Vaccination in Bombay 1863-1868 - 1863-1868
Year: 1863
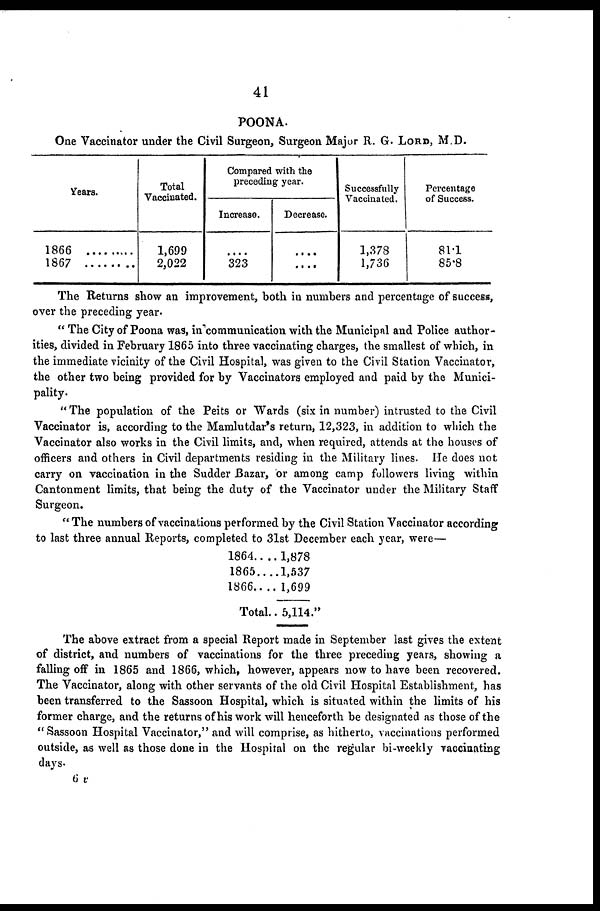
41
POONA.
One Vaccinator under the Civil Surgeon, Surgeon Major R. G. LORD, M.D.
Years.
1866
1867 .........
Total
Vaccinated.
1,699
2,022
Compared with the
preceding year.
Increase.
....
323
Decrease.
....
....
Successfully
Vaccinated.
1,378
1,736
Percentage
of Success.
81.1
85.8
The Returns show an improvement, both in numbers and percentage of success,
over the preceding year.
" The City of Poona was, in communication with the Municipal and Police author-
ities, divided in February 1865 into three vaccinating charges, the smallest of which, in
the immediate vicinity of the Civil Hospital, was given to the Civil Station Vaccinator,
the other two being provided for by Vaccinators employed and paid by the Munici-
pality.
"The population of the Peits or Wards (six in number) intrusted to the Civil
Vaccinator is, according to the Mamlutdar's return, 12,323, in addition to which the
Vaccinator also works in the Civil limits, and, when required, attends at the houses of
officers and others in Civil departments residing in the Military lines. He does not
carry on vaccination in the Sudder Bazar, or among camp followers living within
Cantonment limits, that being the duty of the Vaccinator under the Military Staff
Surgeon.
" The numbers of vaccinations performed by the Civil Station Vaccinator according
to last three annual Reports, completed to 31st December each year, were—
1864....
1865....
1866....
Total..
1,878
1,537
1,699
5,114."
The above extract from a special Report made in September last gives the extent
of district, and numbers of vaccinations for the three preceding years, showing a
falling off in 1865 and 1866, which, however, appears now to have been recovered.
The Vaccinator, along with other servants of the old Civil Hospital Establishment, has
been transferred to the Sassoon Hospital, which is situated within the limits of his
former charge, and the returns of his work will henceforth be designated as those of the
"Sassoon Hospital Vaccinator," and will comprise, as hitherto, vaccinations performed
outside, as well as those done in the Hospital on the regular bi-weekly vaccinating
days.
6 v